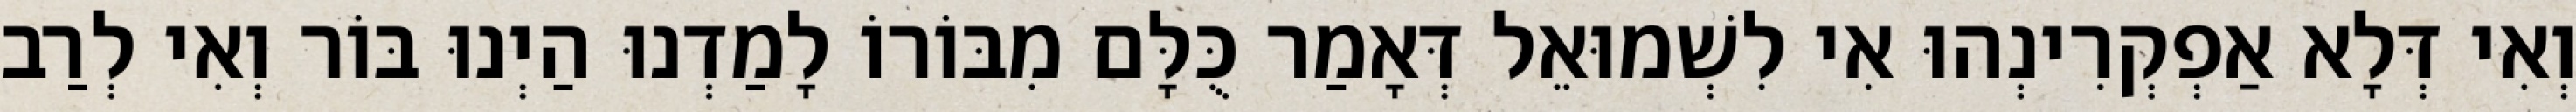
וְאִי דְּלָא אַפְקְרִינְהוּ אִי לִשְׁמוּאֵל דְּאָמַר כֻּלָּם מִבּוֹרוֹ לָמַדְנוּ הַיְנוּ בּוֹר וְאִי לְרַב